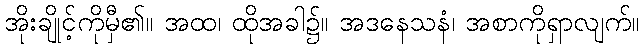
အိုးချိုင့်ကိုမှီ၏။ အထ၊ ထိုအခါ၌။ အဒနေသနံ၊ အစာကိုရှာလျက်။